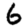
Digit: 6